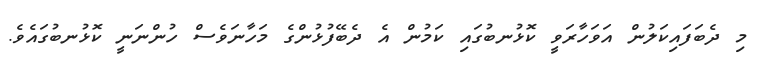
މި ދެބަފައިކަލުން އަވަހާރަވީ ކޮޅުނބުގައި ކަމުން އެ ދެބޭފުޅުންގެ މަހާނަވެސް ހުންނަނީ ކޮޅުނބުގައެވެ.